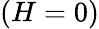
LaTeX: (H=0)